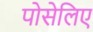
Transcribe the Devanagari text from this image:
पोसेलिए